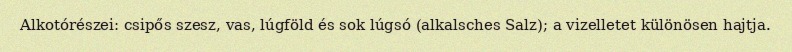
Alkotórészei: csipős szesz, vas, lúgföld és sok lúgsó (alkalsches Salz); a vizelletet különösen hajtja.